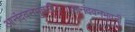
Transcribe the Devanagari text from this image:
आनंदवनभुवनी।।आनंदवनभुवनी।।